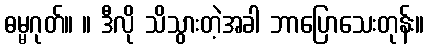
ဓမ္မဂုတ်။ ။ ဒီလို သိသွားတဲ့အခါ ဘာပြောသေးတုန်း။